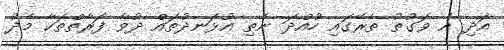
އަދި އެ ވަގުތު ތެރޭގައި ހުއްދަ ނެތި އުޅަނދުތައް ދުވާ ފަރާތްތަކާ މެދު